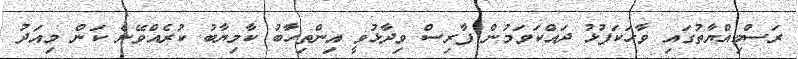
ރަސްމިއްޔާތުގައި ވާހަކަފުޅު ދައްކަވަމުން ފާރިސް ވިދާޅުވީ އިންތިހާބު ކާމިޔާބު ކުރެއްވޭނެ ކަން މިއަދު